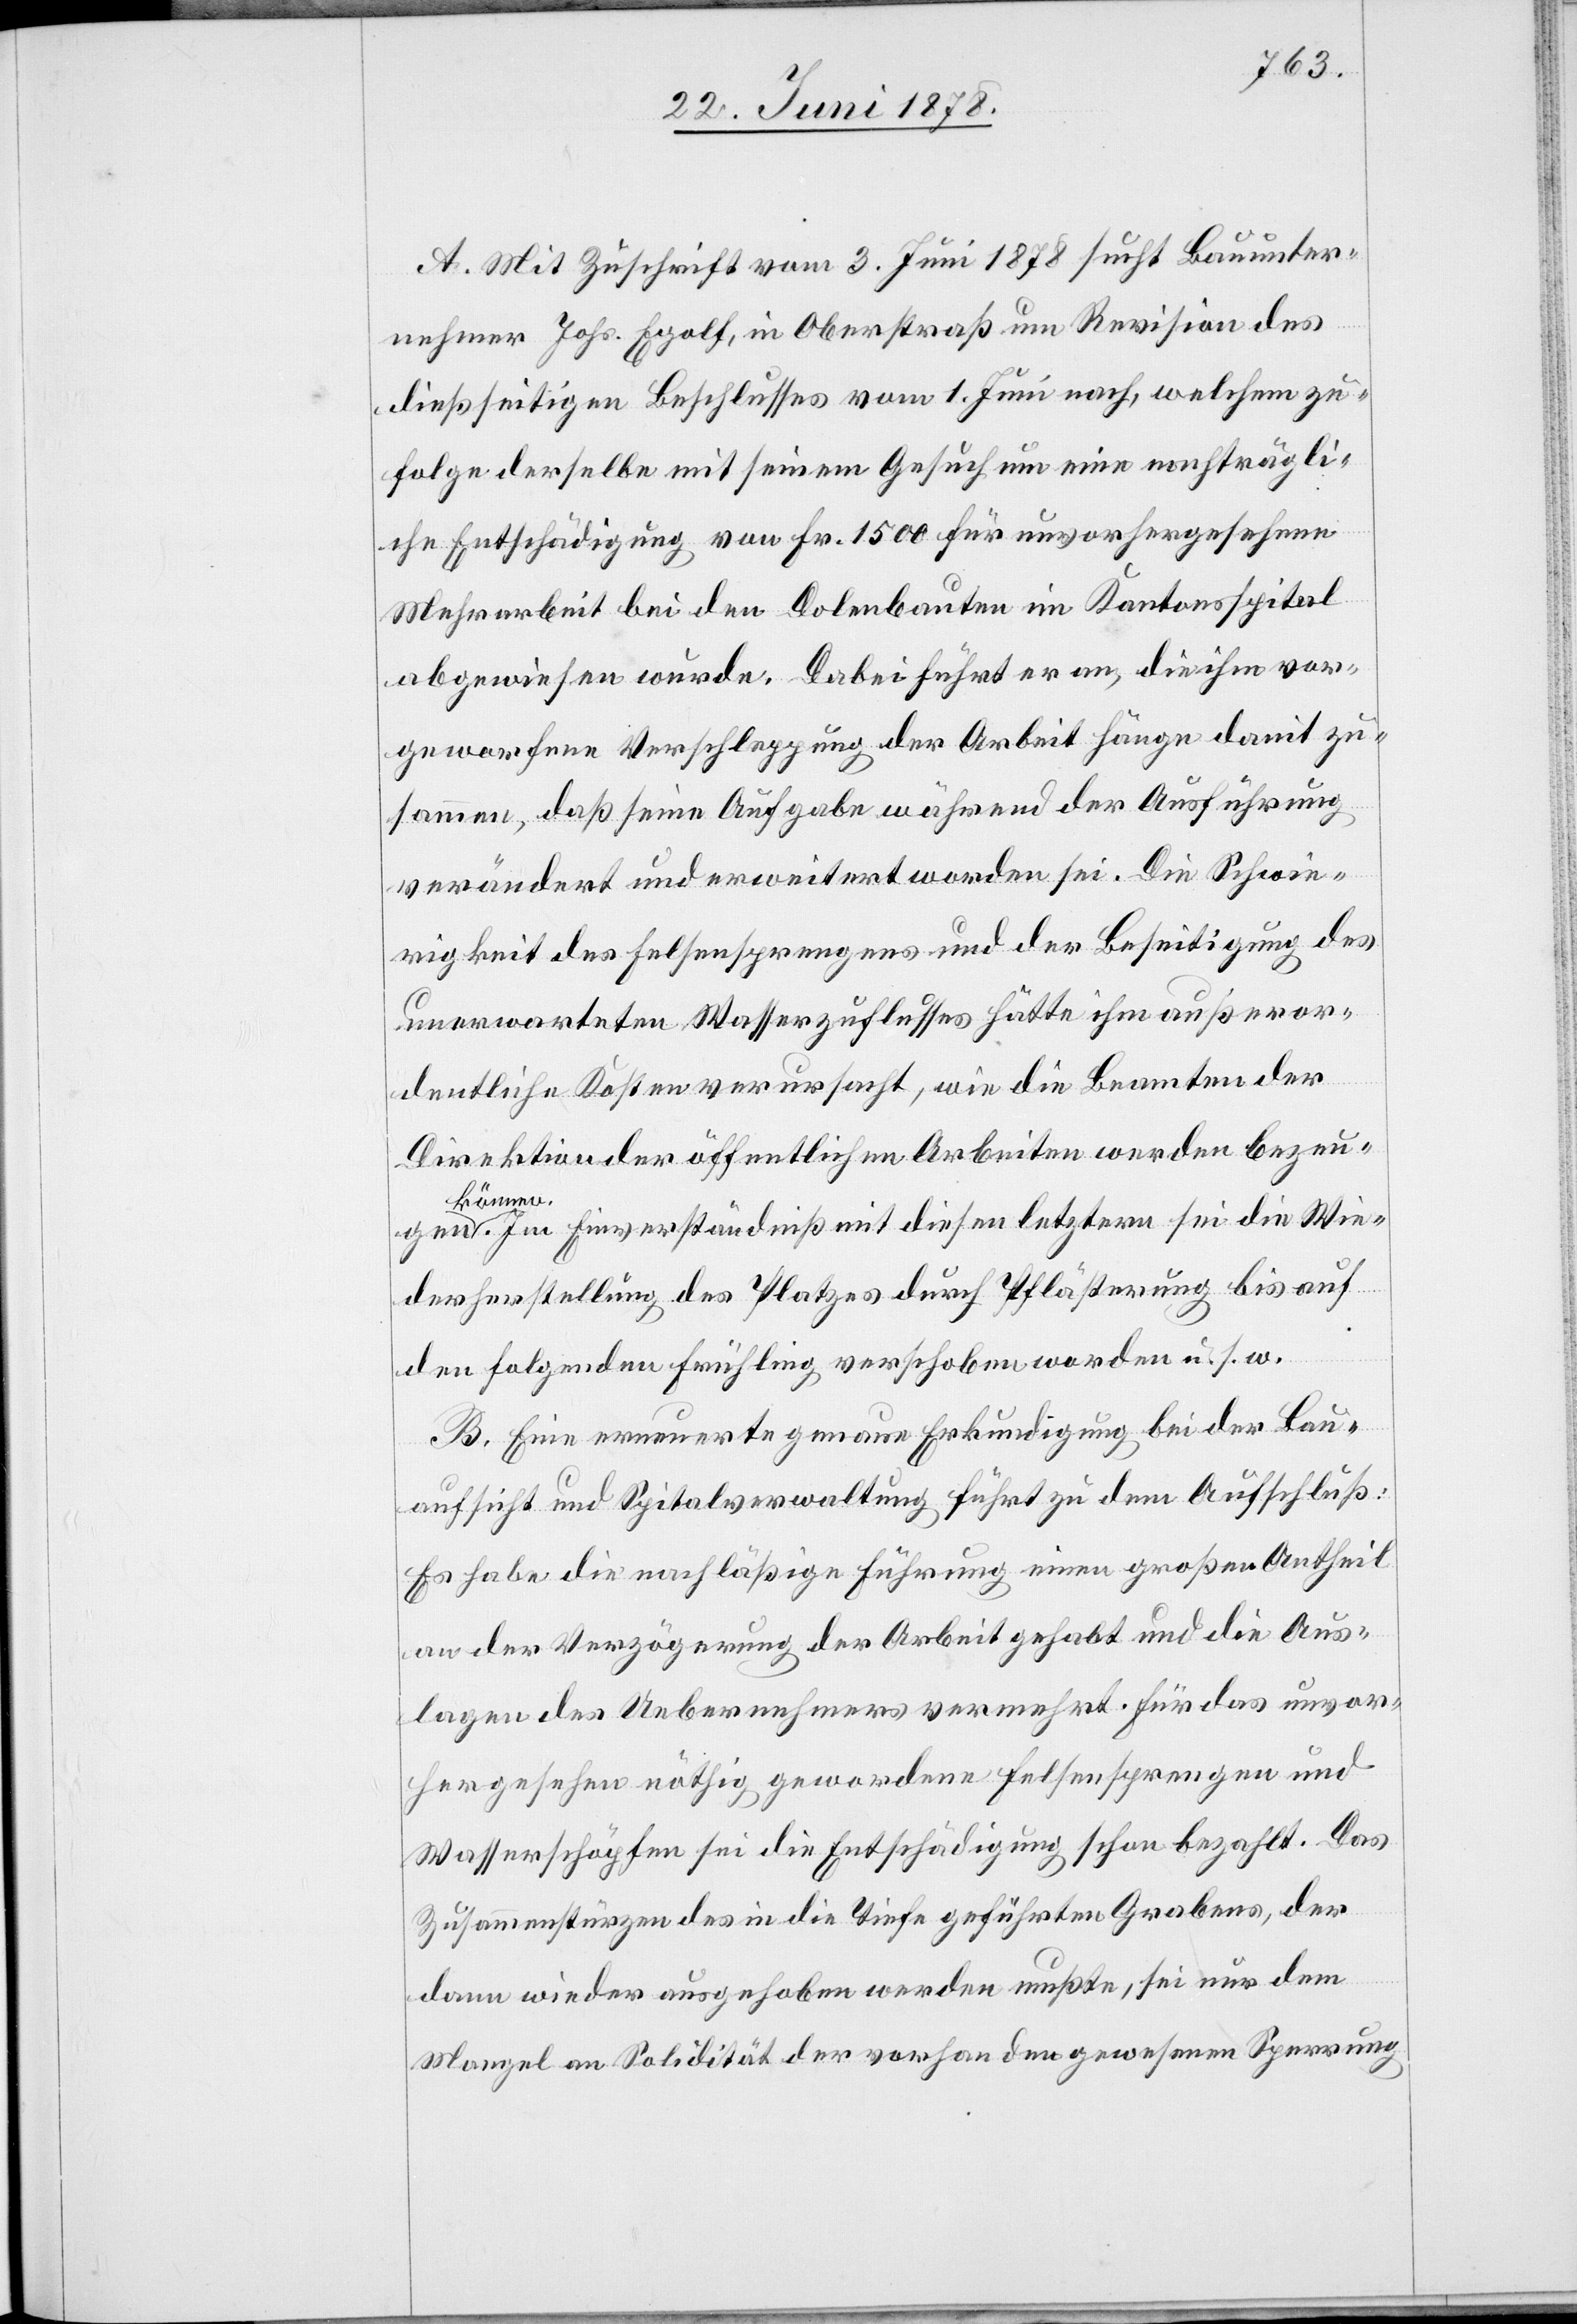
A. Mit Zuschrift vom 3. Juni 1878 sucht Bauunter¬
nehmer Johs. Egolf, in Oberstraß um Revision des
dießseitigen Beschlusses vom 1. Juni nach, welchem zu¬
folge derselbe mit seinem Gesuch um eine nachträgli¬
che Entschädigung von Fr. 1500 für unvorhergesehene
Mehrarbeit bei den Dolenbauten im Kantonsspital
abgewiesen wurde. Dabei führt er an, die ihm vor¬
geworfene Verschleppung der Arbeit hänge damit zu¬
sammen, daß seine Aufgabe während der Ausführung
verändert und erweitert worden sei. Die Schwie¬
rigkeit des Felsensprengens und der Beseitigung des
unerwarteten Wasserzuflusses hätte ihm außeror¬
dentliche Kosten verursacht, wie die Beamten der
Direktion der öffentlichen Arbeiten werden bezeug¬
en könn¬
en. Im Einverständniß mit diesen letztern sei die Wie¬
derherstellung des Platzes durch Pflästerung bis auf
den folgenden Frühling verschoben worden u. s. w.
B. Eine erneuerte genaue Erkundigung bei der Bau¬
aufsicht und Spitalverwaltung führt zu dem Aufschluß:
Es habe die nachläßige Führung einen großen Antheil
an der Verzögerung der Arbeit gehabt und die Aus¬
lagen des Uebernehmers vermehrt. Für das unvor¬
hergesehene nöthig gewordene Felsensprengen und
Wasserschöpfen sei die Entschädigung schon bezahlt. Das
Zusammenstürzen des in die Tiefe geführten Grabens, der
dann wieder ausgehoben werden mußte, sei nur dem
Mangel an Solidität der vorhanden gewesenen Sperrung